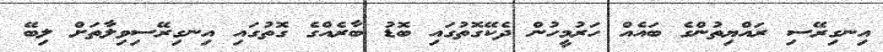
އިނގިރޭސި ރައްޔިތުންގެ ބައެއް ހަރުމީހުން ދެކޭގޮތުގައި ބޮޑު ބާރެއްގެ ގޮތުގައި އިނގިރޭސިވިލާތަށް ލިބޭ